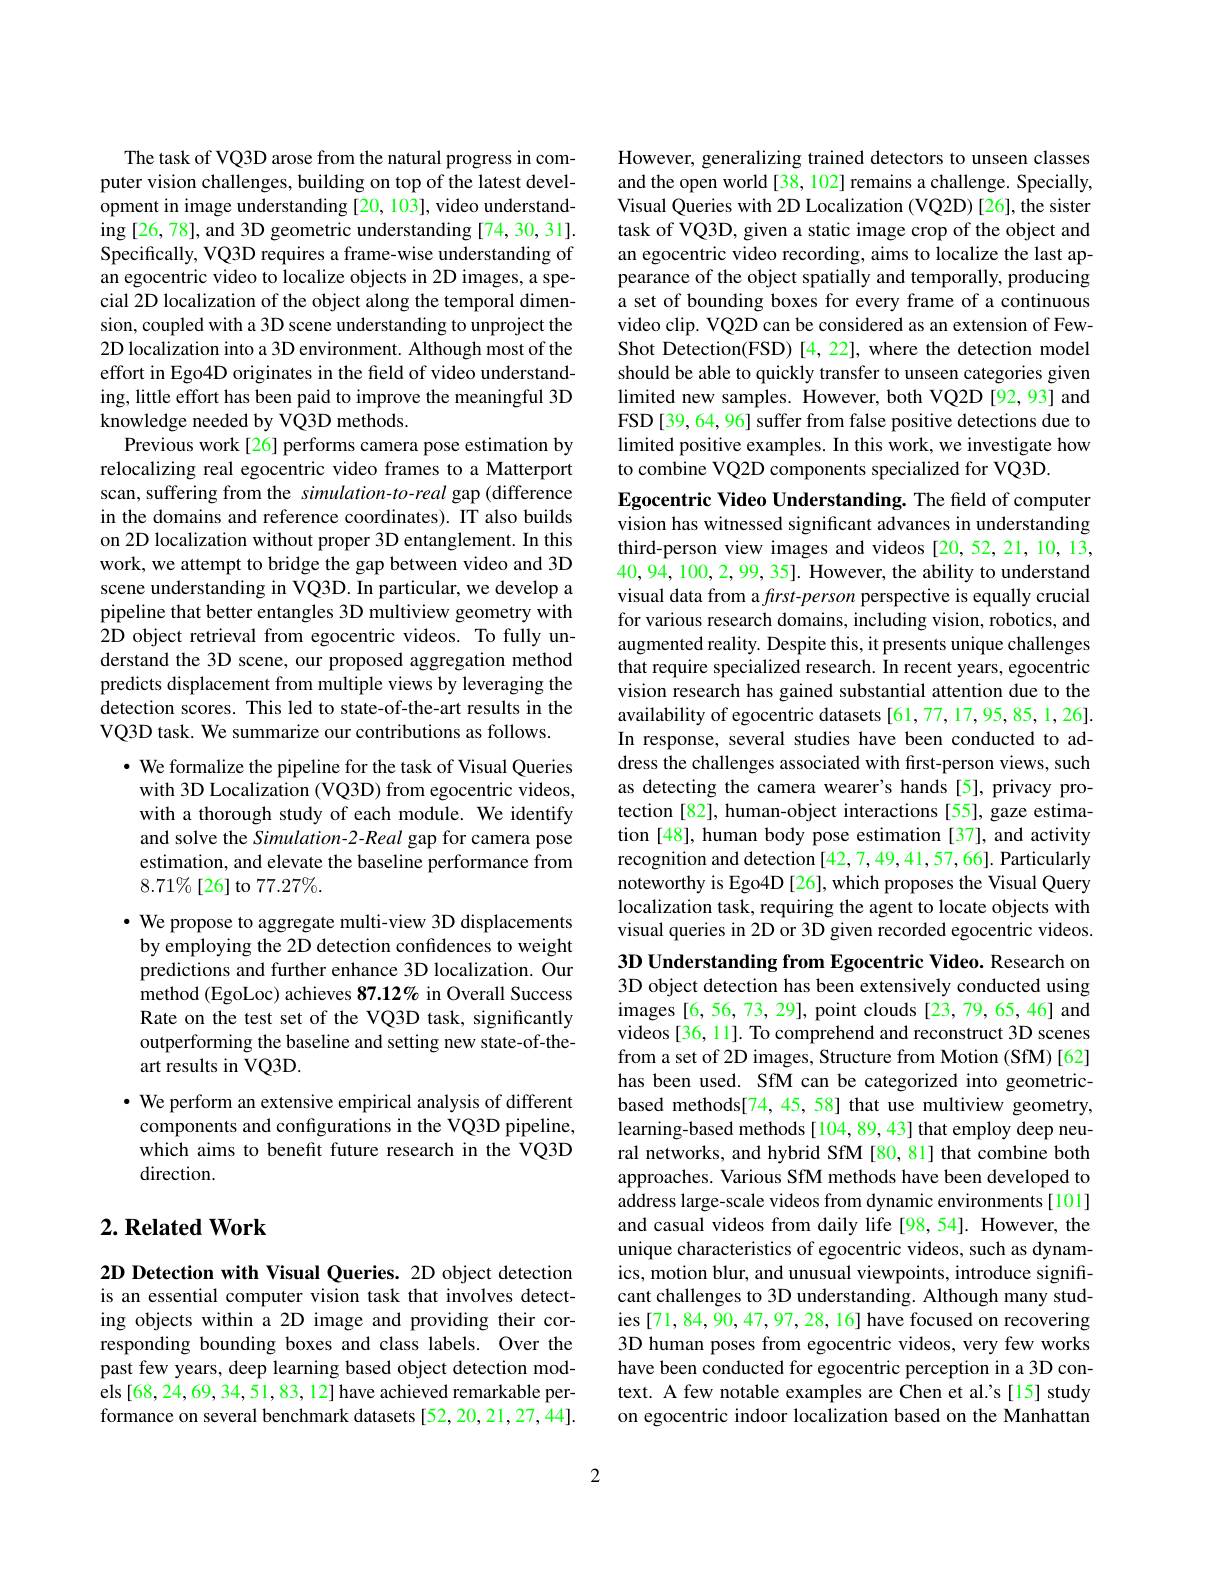
The task of VQ3D arose from the natural progress in computer vision challenges, building on top of the latest development in image understanding [20, 103], video understanding [26, 78], and 3D geometric understanding [74, 30, 31]. Specifically, VQ3D requires a frame-wise understanding of an egocentric video to localize objects in 2D images, a special 2D localization of the object along the temporal dimension, coupled with a 3D scene understanding to unproject the 2D localization into a 3D environment. Although most of the effort in Ego4D originates in the field of video understanding, little effort has been paid to improve the meaningful 3D knowledge needed by VQ3D methods.
Previous work[26] performs camera pose estimation by relocalizing real egocentric video frames to a Matterport scan, suffering from the simulation-to-real gap (difference in the domains and reference coordinates). IT also builds on 2D localization without proper 3D entanglement. In this work, we attempt to bridge the gap between video and 3D scene understanding in VQ3D. In particular, we develop a pipeline that better entangles 3D multiview geometry with 2D object retrieval from egocentric videos. To fully understand the 3D scene, our proposed aggregation method predicts displacement from multiple views by leveraging the detection scores. This led to state-of-the-art results in the VQ3D task. We summarize our contributions as follows.
$\bullet$ We formalize the pipeline for the task of Visual Queries

with 3D Localization (VQ3D) from egocentric videos, with a thorough study of each module. We identify and solve the Simulation-2-Real gap for camera pose estimation, and elevate the baseline performance from $8.71\%[26]$ to $77.27\%.$
· We propose to aggregate multi-view 3D displacements
by employing the 2D detection confdences to weight predictions and further enhance 3D localization. Our method (EgoLoc) achieves 87.12% in Overall Success Rate on the test set of the VQ3D task, significantly outperforming the baseline and setting new state-of-theart results in VQ3D.
· We perform an extensive empirical analysis of different
components and configurations in the VQ3D pipeline, which aims to benefit future research in the VQ3D direction.

## $2. \textbf{Related Work}$

2D Detection with Visual Queries. 2D object detection is an essential computer vision task that involves detecting objects within a 2D image and providing their corresponding bounding boxes and class labels. Over the past few years, deep learning based object detection models [68, 24, 69, 34, 51, 83, 12] have achieved remarkable performance on several benchmark datasets [52, 20, 21, 27, 44].

However, generalizing trained detectors to unseen classes and the open world [38, 102] remains a challenge. Specially, Visual Queries with 2D Localization (VQ2D) [26], the sister task of VQ3D, given a static image crop of the object and an egocentric video recording, aims to localize the last appearance of the object spatially and temporally, producing a set of bounding boxes for every frame of a continuous video clip. VQ2D can be considered as an extension of FewShot Detection(FSD) [4,22], where the detection model should be able to quickly transfer to unseen categories given limited new samples. However, both VQ2D [92, 93] and FSD[39,64,96] suffer from false positive detections due to limited positive examples. In this work, we investigate how to combine VQ2D components specialized for VQ3D.

Egocentric Video Understanding. The feld of computer vision has witnessed significant advances in understanding third-person view images and videos [20,52,21,10,13, 40,94,100,2,99,35]. However, the ability to understand visual data from a frst-person perspective is equally crucial for various research domains, including vision, robotics, and augmented reality. Despite this, it presents unique challenges that require specialized research. In recent years, egocentric vision research has gained substantial attention due to the availability of egocentric datasets [61,77,17,95,85,1,26]. In response, several studies have been conducted to address the challenges associated with first-person views, such as detecting the camera wearer's hands [5], privacy protection [82], human-object interactions [55], gaze estimation [48], human body pose estimation [37], and activity recognition and detection [42,7,49,41,57,66]. Particularly noteworthy is Ego4D [26], which proposes the Visual Query localization task, requiring the agent to locate objects with visual queries in 2D or 3D given recorded egocentric videos 3D Understanding from Egocentric Video. Research on 3D object detection has been extensively conducted using images [6,56,73,29], point clouds [23,79,65,46] and videos [36, 11]. To comprehend and reconstruct 3D scenes from a set of 2D images, Structure from Motion (SfM)[62] has been used. SfM can be categorized into geometric-

based methods[74,45,58] that use multiview geometry, learning-based methods [104,89,43] that employ deep neural networks, and hybrid SfM [80, 81] that combine both approaches. Various SfM methods have been developed to address large-scale videos from dynamic environments[101] and casual videos from daily life [98,54]. However, the unique characteristics of egocentric videos, such as dynamics, motion blur, and unusual viewpoints, introduce significant challenges to 3D understanding. Although many studies [71,84,90,47,97,28,16] have focused on recovering 3D human poses from egocentric videos, very few works have been conducted for egocentric perception in a 3D context. A few notable examples are Chen et al's[15] study on egocentric indoor localization based on the Manhattan

2